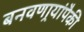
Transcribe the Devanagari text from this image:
बनवणार्‍यांपैकी